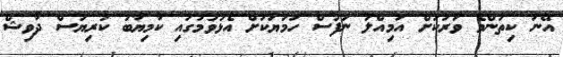
އޭނަ ކިތަންމެ ވަރަކަށް އަމިއްލަ ނަފުސް ހަމަޔަކަށް އެޅުވުމުގައި ކާމިޔާބު ކުރިޔަސް ދާވިޝް